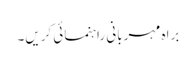
براہ مہربانی راہنمائی کریں۔